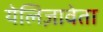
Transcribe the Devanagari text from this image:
येलिज़ावेता